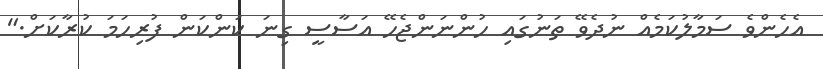
އެހެންވެ ސަމާލުކަމެއް ނުދެވޭ ތަނުގައި ހުންނަންޖެހޭ އަސާސީ ގިނަ ކަންކަން ފުރިހަމަ ކުރާކަށް."